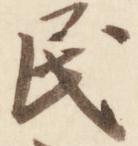
民